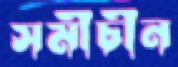
সমীচীন